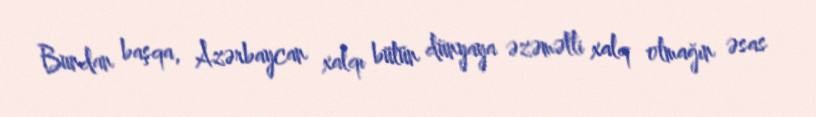
Bundan başqa, Azərbaycan xalqı bütün dünyaya əzəmətli xalq olmağın əsas